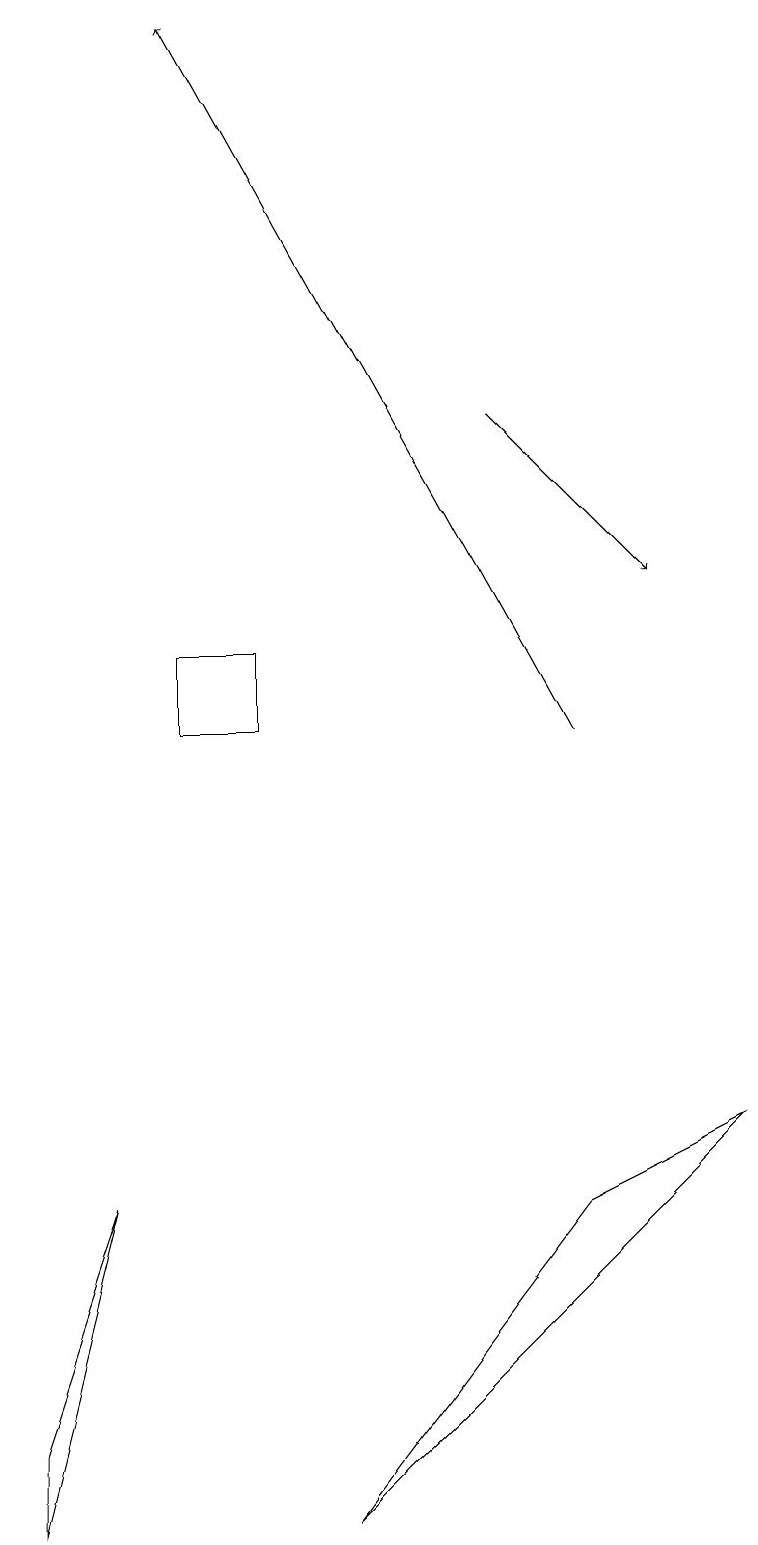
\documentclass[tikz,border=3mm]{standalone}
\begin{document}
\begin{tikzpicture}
\draw (0,1) -- (0,0) -- (1,4) -- cycle;
\draw (4,0) -- (9,5) -- (7,4) -- cycle;
\draw[->] (6,14) -- (8,12);
\draw (2,10) rectangle (3,11);
\draw[->] (7,10) -- (2,19);
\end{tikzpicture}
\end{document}